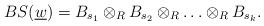
LaTeX: \begin{align*}BS(\underline{w})= B_{s_1} \otimes_{R} B_{s_{2}} \otimes_{R} \ldots \otimes_{R} B_{s_{k}}.\end{align*}